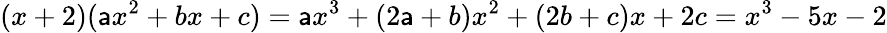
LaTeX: (x+2)(\mathsf{a}x^{2}+bx+c)=\mathsf{a}x^{3}+(2\mathsf{a}+b)x^{2}+(2b+c)x+2c=x^{3}-5x-2